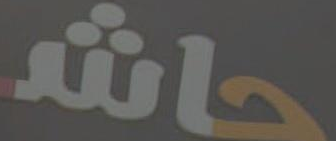
حاش